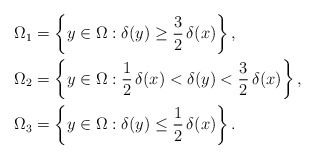
\begin{align*}& \Omega_1=\left\lbrace y\in\Omega:\delta(y)\geq\frac32\,\delta(x)\right\rbrace,\\& \Omega_2=\left\lbrace y\in\Omega:\frac12\,\delta(x)<\delta(y)<\frac32\,\delta(x)\right\rbrace,\\& \Omega_3=\left\lbrace y\in\Omega:\delta(y)\leq\frac12\,\delta(x)\right\rbrace.\end{align*}